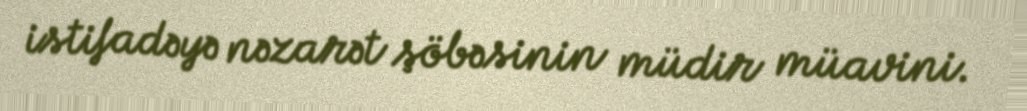
istifadəyə nəzarət şöbəsinin müdir müavini.